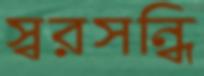
স্বরসন্ধি